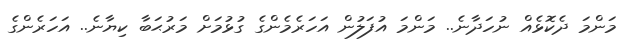
މަންމަ ދެކޮޅެއް ނުހަދާނެ.. މަންމަ އުފަލުން އަހަރެމެންގެ ގުޅުމަށް މަރުޙަބާ ކިޔާނެ.. އަހަރެންގެ